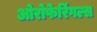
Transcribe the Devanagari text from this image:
ओरोफेरिंगल्स